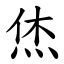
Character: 烋